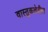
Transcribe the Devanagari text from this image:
वास्तुकलेतील